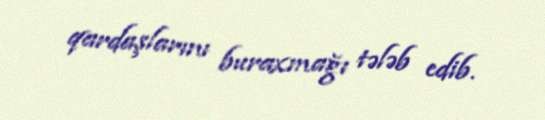
qardaşlarını buraxmağı tələb edib.